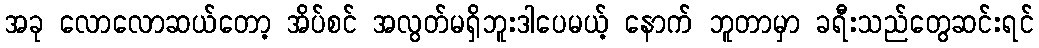
အခု လောလောဆယ်တော့ အိပ်စင် အလွတ်မရှိဘူးဒါပေမယ့် နောက် ဘူတာမှာ ခရီးသည်တွေဆင်းရင်